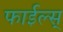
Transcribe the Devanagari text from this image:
फाईल्स्